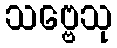
သဗ္ဗေသု